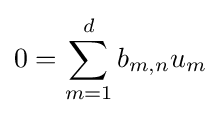
0=\sum _{m=1}^{d}b_{m,n}u_{m}